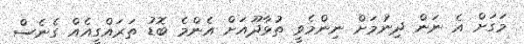
މަގަށް އެ ނަން ދިނުމަށް ނިންމެވީ ތުޅާދޫއަށް އެންމެ ބޮޑު ތަރައްގީއެއް ގެނެސް